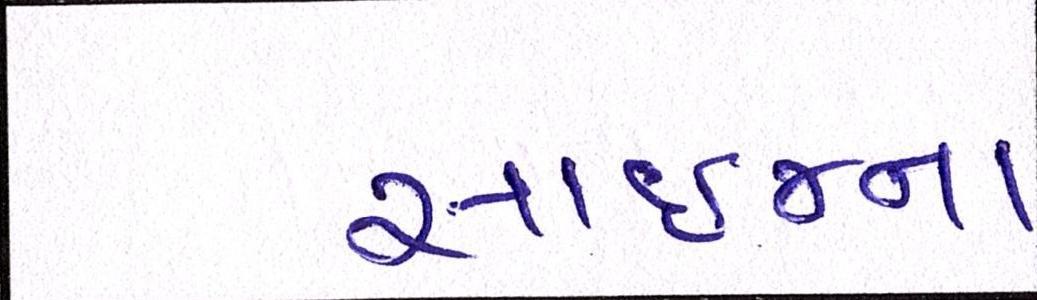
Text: સાઈજના